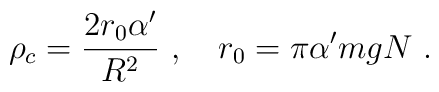
\rho_c = {2r_0\alpha'\over R^2}\ , \quad r_0 = \pi \alpha' mgN\ .